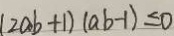
( 2 a b + 1 ) ( a b - 1 ) \leq 0